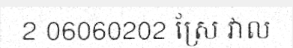
2 06060202 ស្រែ វាល